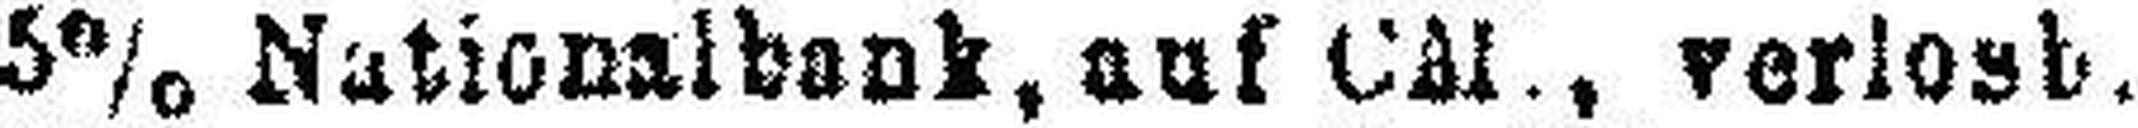
5% Nationalbank, auf Cal, verlosb.